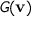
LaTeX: G ( \mathbf { v } )